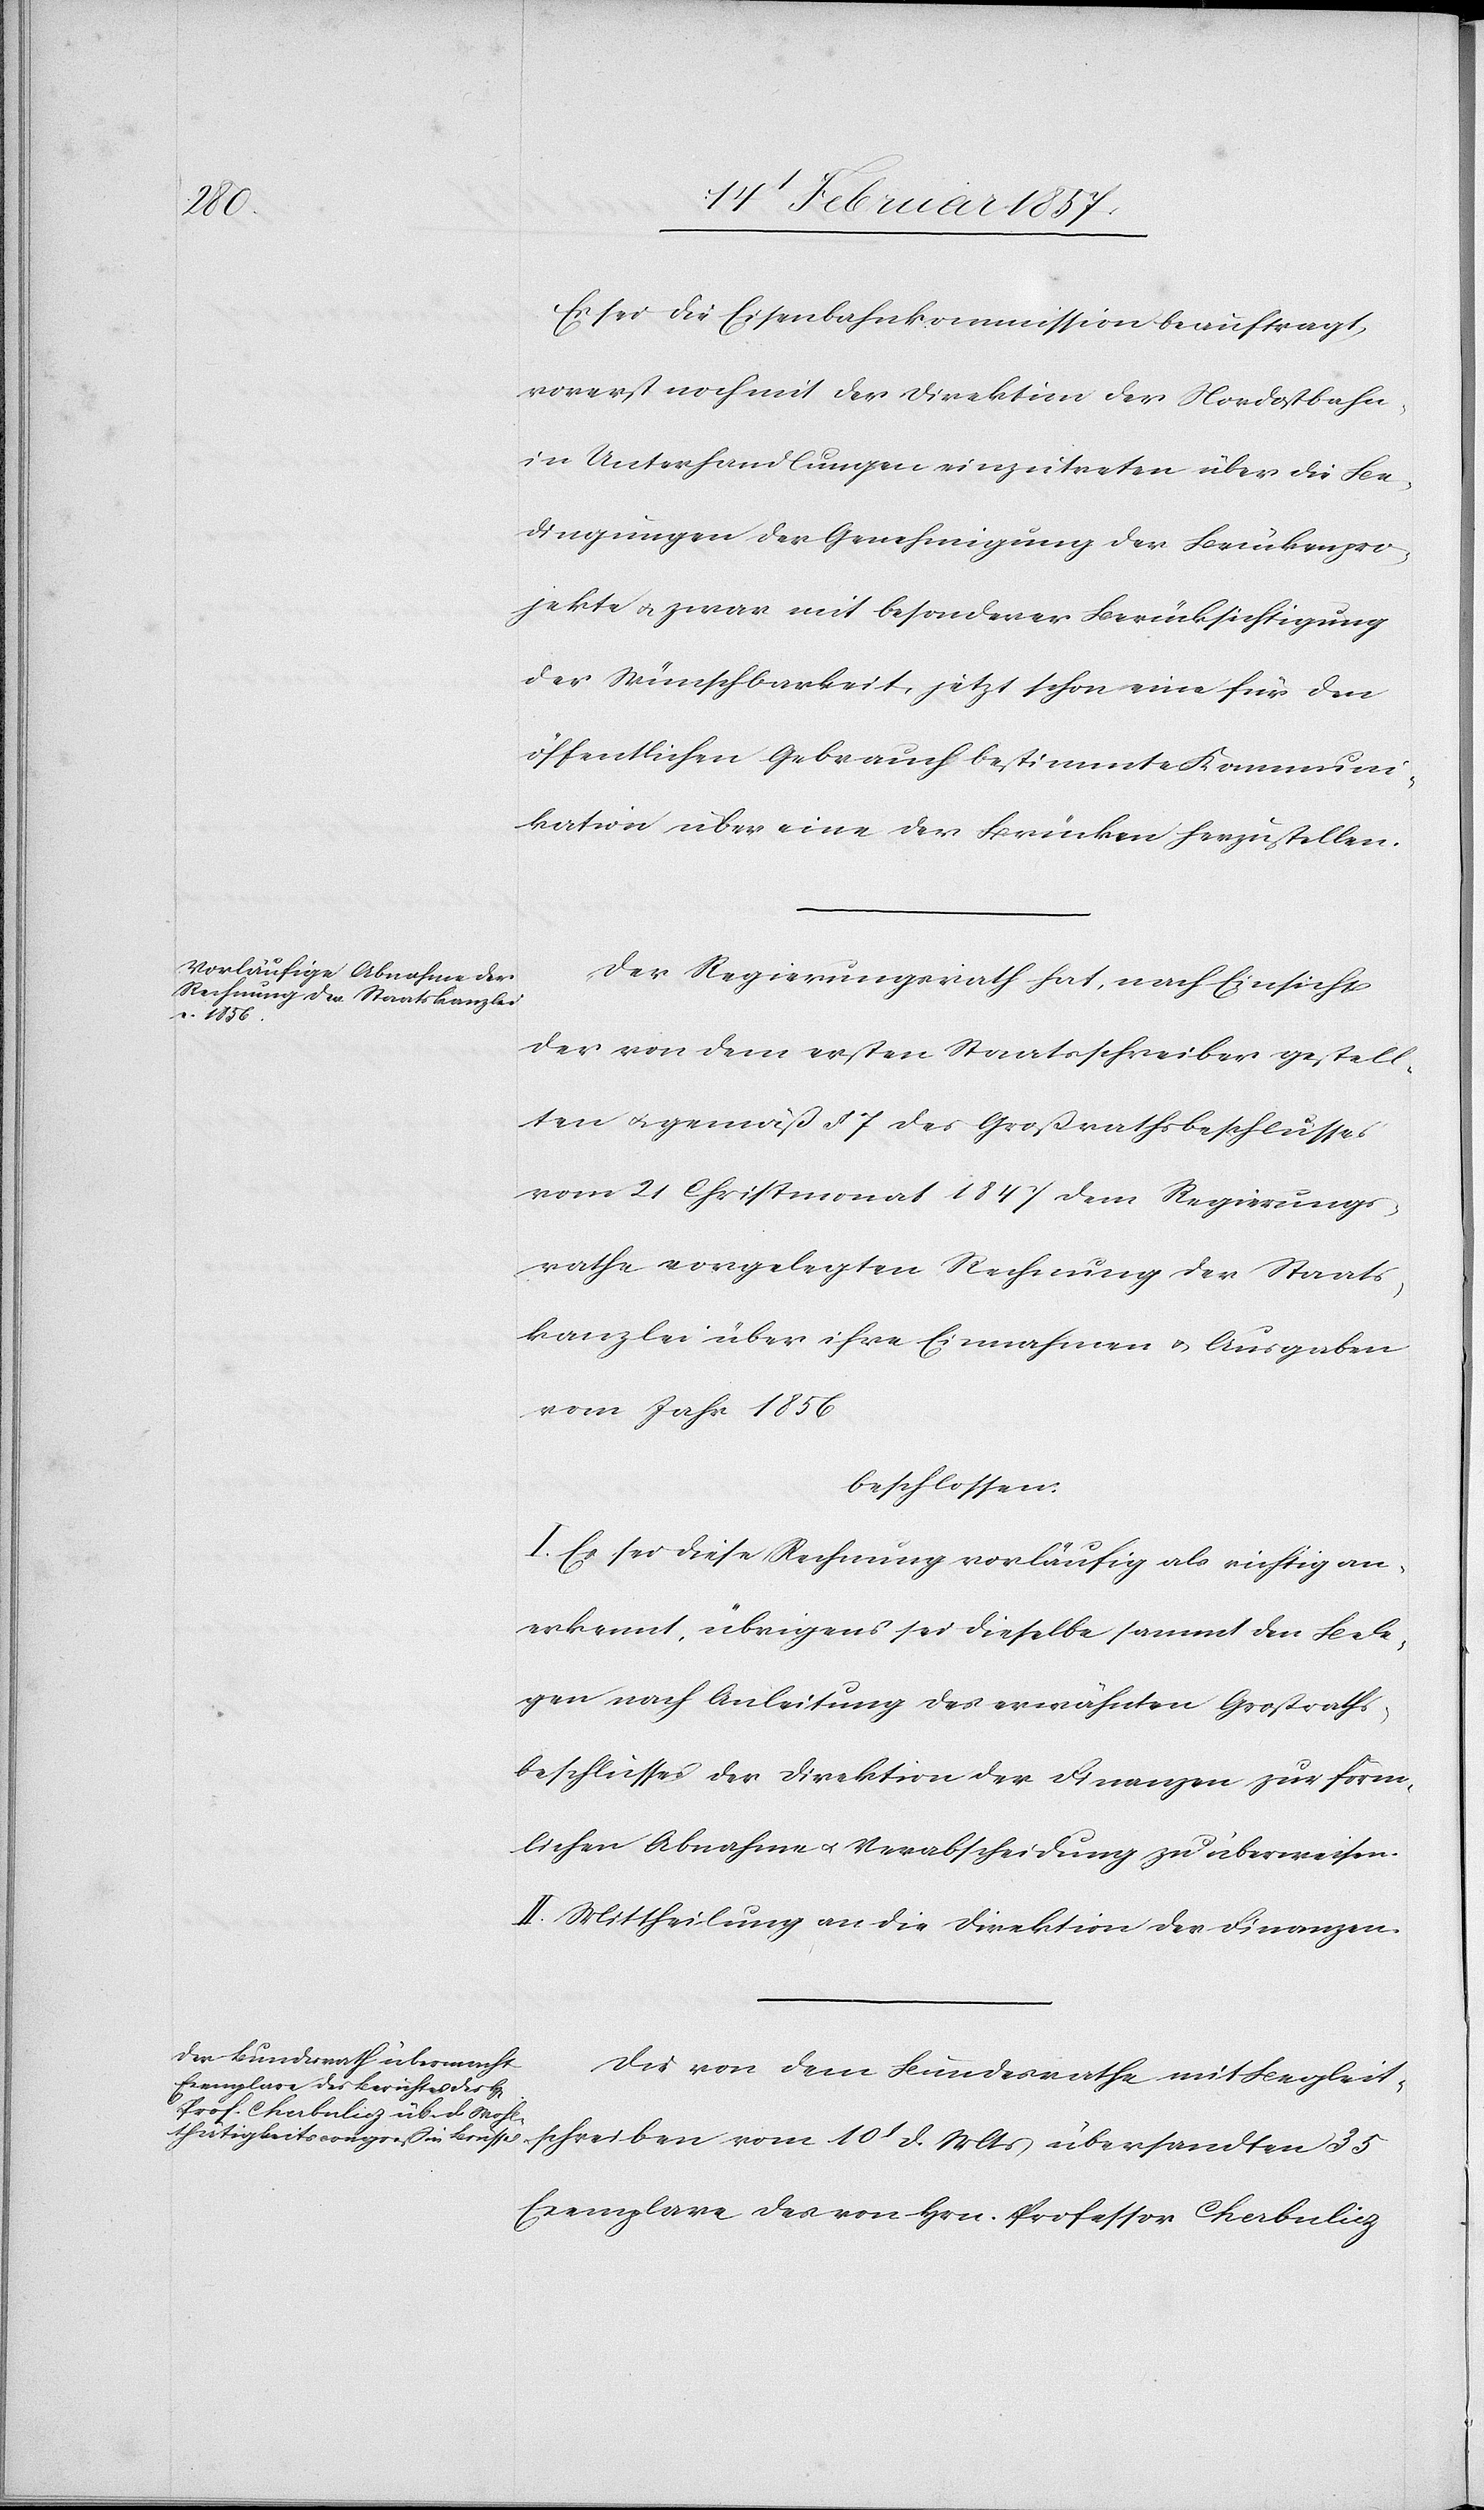
Es sei die Eisenbahnkommission beauftragt,
vorerst noch mit der Direktion der Nordostbahn
in Unterhandlungen einzutreten über die Be¬
dingungen der Genehmigung der Brückenpro¬
jekte u. zwar mit besonderer Berücksichtigung
der Wünschbarkeit, jetzt schon eine für den
öffentlichen Gebrauch bestimmte Kommuni¬
kation über eine der Brücken herzustellen.
Der Regierungsrath hat, nach Einsicht
der von dem ersten Staatsschreiber gestell¬
ten u. gemäß § 7 des Großrathsbeschlusses
vom 21 Christmonat 1847 dem Regierungs¬
rathe vorgelegten Rechnung der Staats¬
kanzlei über ihre Einnahmen u. Ausgaben
vom Jahr 1856
beschlossen:
I. Es sei diese Rechnung vorläufig als richtig an¬
erkennt, übrigens sei dieselbe sammt den Bele¬
gen nach Anleitung des erwähnten Großraths¬
beschlusses der Direktion der Finanzen zur förm¬
lichen Abnahme u. Verabscheidung zu überweisen.
II. Mittheilung an die Direktion der Finanzen.
Die von dem Bundesrathe mit Begleit¬
schreiben vom 10t d. Mts übersandten 35
Exemplare des von Hrn. Professor Cherbulicz